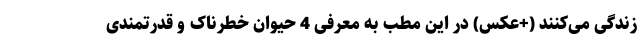
زندگی می‌کنند (+عکس) در این مطب به معرفی 4 حیوان خطرناک و قدرتمندی